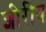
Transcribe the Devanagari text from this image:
शीरीय